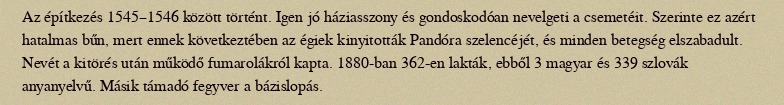
Az építkezés 1545–1546 között történt. Igen jó háziasszony és gondoskodóan nevelgeti a csemetéit. Szerinte ez azért hatalmas bűn, mert ennek következtében az égiek kinyitották Pandóra szelencéjét, és minden betegség elszabadult. Nevét a kitörés után működő fumarolákról kapta. 1880-ban 362-en lakták, ebből 3 magyar és 339 szlovák anyanyelvű. Másik támadó fegyver a bázislopás.